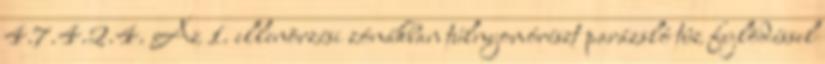
4.7.4.2.4. Az 1. ellenõrzési zónákban túlnyomórészt parázsló tûz fejlõdéssel